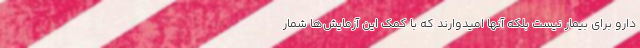
دارو برای بیمار نیست بلکه آنها امیدوارند که با کمک این آزمایش‌ها شمار